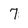
Character: 7